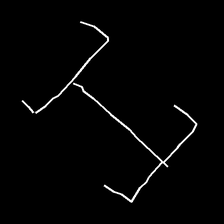
Glyph: entwine